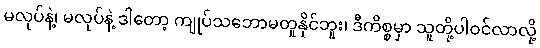
မလုပ်နဲ့၊ မလုပ်နဲ့ ဒါတော့ ကျုပ်သဘောမတူနိုင်ဘူး၊ ဒီကိစ္စမှာ သူတို့ပါဝင်လာလို့